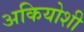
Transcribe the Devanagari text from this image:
अकियोशी